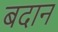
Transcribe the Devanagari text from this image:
बदान